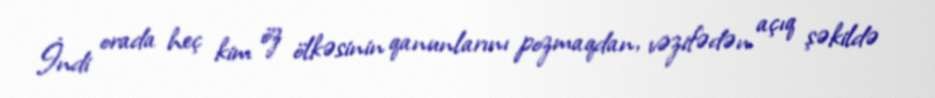
İndi orada heç kim öz ölkəsinin qanunlarını pozmaqdan, vəzifədən açıq şəkildə